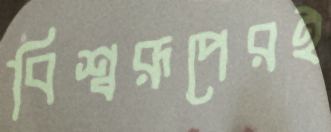
বিশ্বরূপেরই